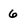
Character: 6